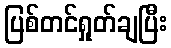
ပြစ်တင်ရှုတ်ချပြီး